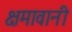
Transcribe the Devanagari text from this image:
क्षमावानी